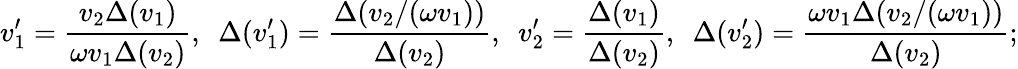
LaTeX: v_{1}^{\prime}=\frac{v_{2}\Delta(v_{1})}{\omega v_{1}\Delta(v_{2})},~~\Delta(v_{1}^{\prime})=\frac{\Delta(v_{2}/(\omega v_{1}))}{\Delta(v_{2})},~~v_{2}^{\prime}=\frac{\Delta(v_{1})}{\Delta(v_{2})},~~\Delta(v_{2}^{\prime})=\frac{\omega v_{1}\Delta(v_{2}/(\omega v_{1}))}{\Delta(v_{2})};